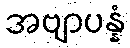
အဗျာပန္နံ